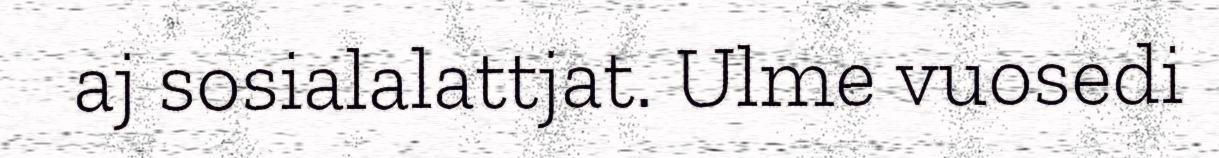
aj sosialalattjat. Ulme vuosedi